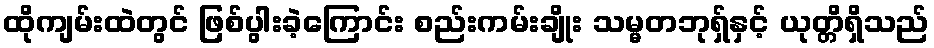
ထိုကျမ်းထဲတွင် ဖြစ်ပွါးခဲ့ကြောင်း စည်းကမ်းချိုး သမ္မတဘုရှ်နှင့် ယုတ္တိရှိသည်